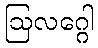
ဩလဂ္ဂေါ